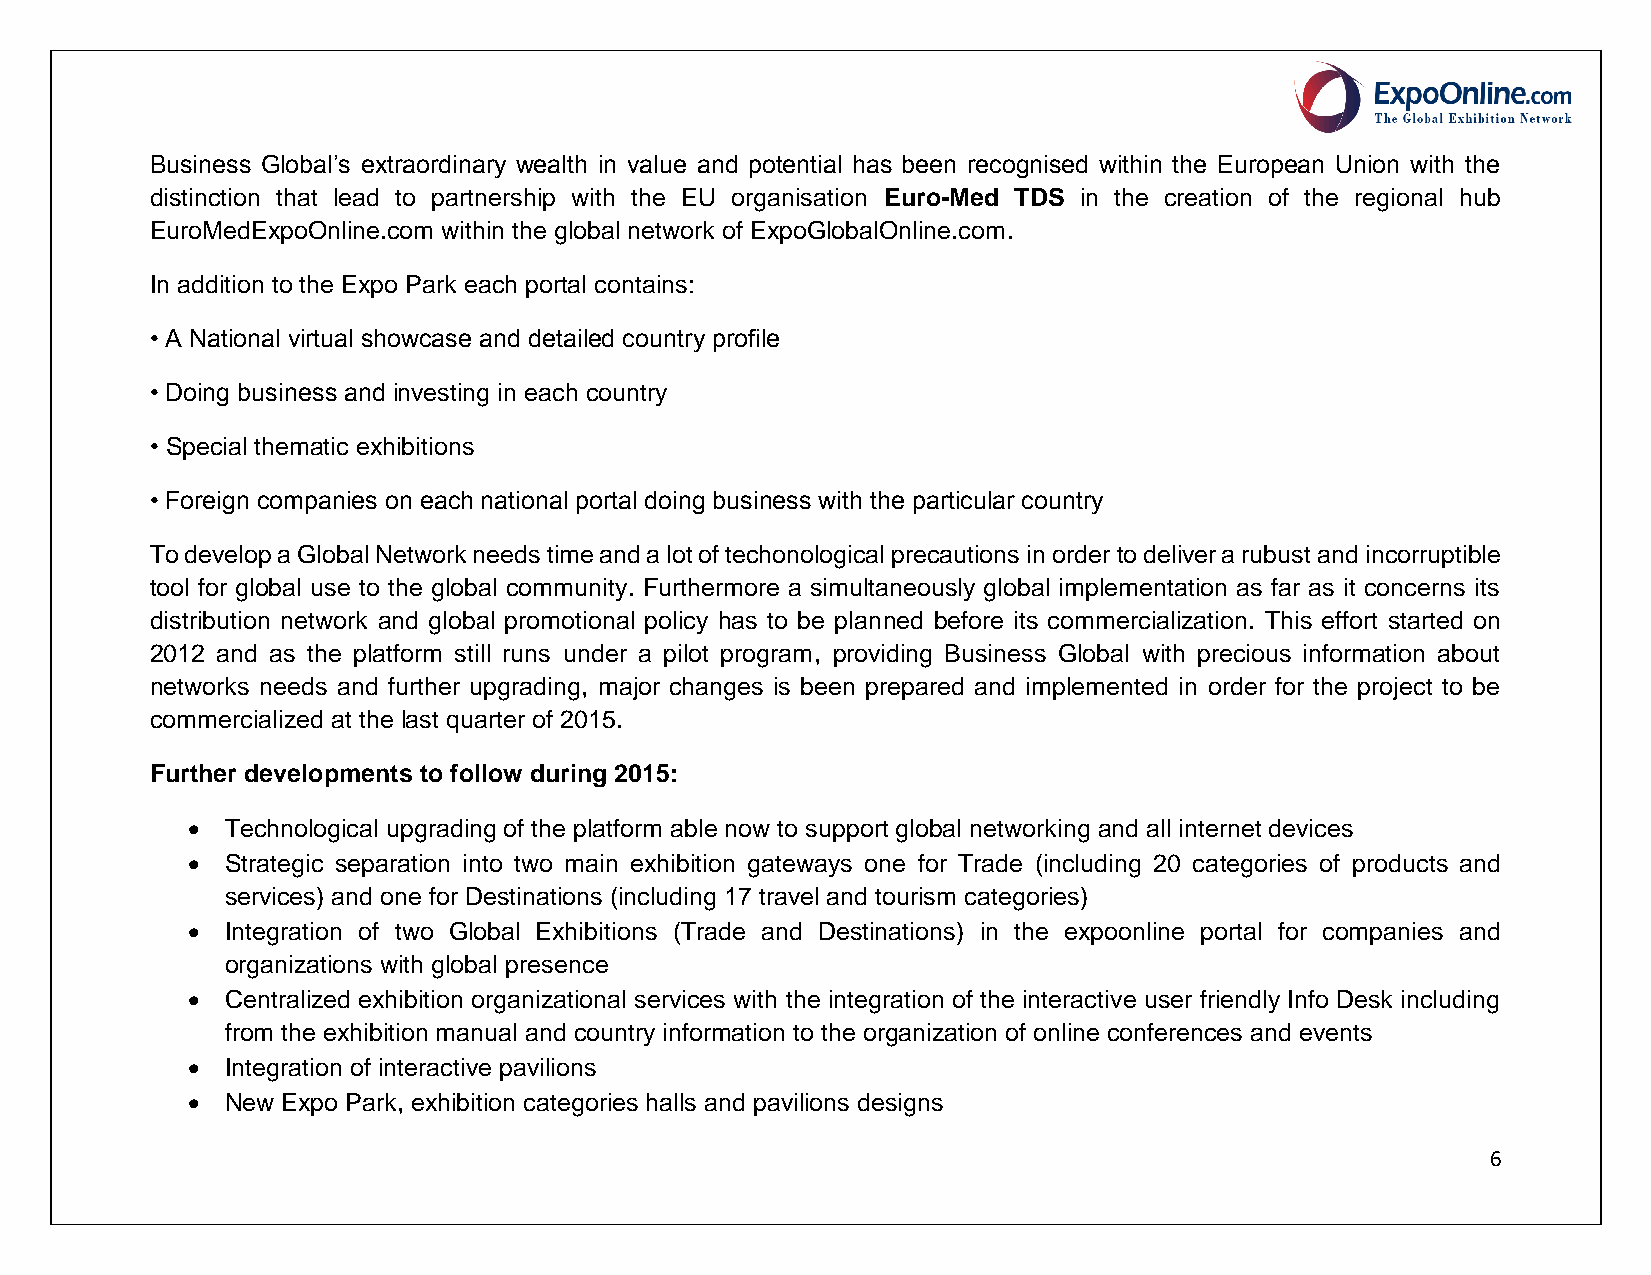
Business Global’s extraordinary wealth in value and potential has been recognised within the European Union with the
 distinction that lead to partnership with the EU organisation Euro-Med TDS in the creation of the regional hub
 EuroMedExpoOnline.com within the global network of ExpoGlobalOnline.com.
 In addition to the Expo Park each portal contains:
 • A National virtual showcase and detailed country profile
 • Doing business and investing in each country
 • Special thematic exhibitions
 • Foreign companies on each national portal doing business with the particular country
 To develop a Global Network needs time and a lot of techonological precautions in order to deliver a rubust and incorruptible
 tool for global use to the global community. Furthermore a simultaneously global implementation as far as it concerns its
 distribution network and global promotional policy has to be planned before its commercialization. This effort started on
 2012 and as the platform still runs under a pilot program, providing Business Global with precious information about
 networks needs and further upgrading, major changes is been prepared and implemented in order for the project to be
 commercialized at the last quarter of 2015.
 Further developments to follow during 2015:
   Technological upgrading of the platform able now to support global networking and all internet devices
   Strategic separation into two main exhibition gateways one for Trade (including 20 categories of products and
 services) and one for Destinations (including 17 travel and tourism categories)
   Integration of two Global Exhibitions (Trade and Destinations) in the expoonline portal for companies and
 organizations with global presence
   Centralized exhibition organizational services with the integration of the interactive user friendly Info Desk including
 from the exhibition manual and country information to the organization of online conferences and events
   Integration of interactive pavilions
   New Expo Park, exhibition categories halls and pavilions designs
 6